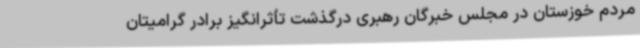
مردم خوزستان در مجلس خبرگان رهبری درگذشت تأثرانگیز برادر گرامیتان